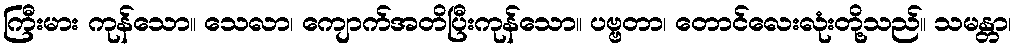
ကြီးမား ကုန်သော။ သေလာ၊ ကျောက်အတိပြီးကုန်သော။ ပဗ္ဗတာ၊ တောင်လေးလုံးတို့သည်။ သမန္တာ၊